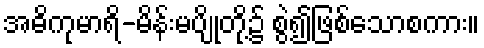
အဓိကုမာရိ-မိန်းမပျိုတို့၌ စွဲ၍ဖြစ်သောစကား။